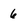
Character: 6